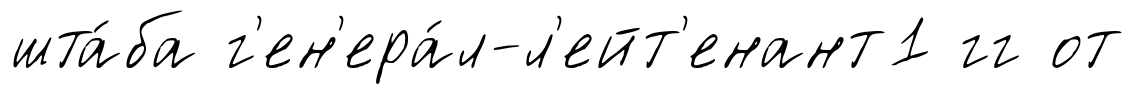
шта́ба г'ен'ера́л-л'ейт'енант1 гг от